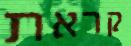
קראת